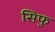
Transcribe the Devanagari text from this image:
सिफु